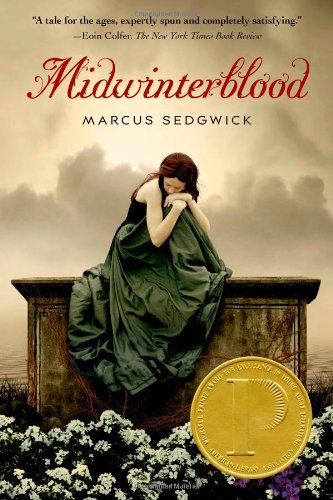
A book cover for Midwinterblood; Marcus Sedgwick; Teen & Young Adult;